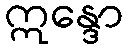
ဣန္ဒော